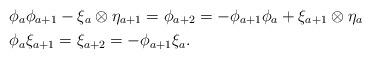
LaTeX: \begin{align*}&\phi_a\phi_{a+1}-\xi_a\otimes\eta_{a+1}=\phi_{a+2}=-\phi_{a+1}\phi_a+\xi_{a+1}\otimes\eta_a \\ &\phi_a\xi_{a+1}=\xi_{a+2}=-\phi_{a+1}\xi_a. \end{align*}